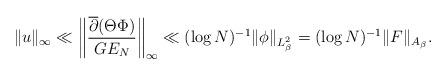
LaTeX: \begin{align*} \|u\|_\infty \ll \left\|\frac{\overline{ \partial}(\Theta \Phi)}{G E_N}\right\|_\infty \ll (\log{N})^{-1} \|\phi\|_{L_\beta^2} = (\log{N})^{-1} \|F\|_{A_\beta}. \end{align*}